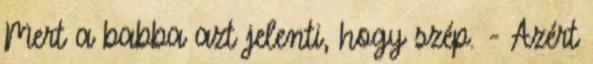
Mert a babba azt jelenti, hogy szép. - Azért